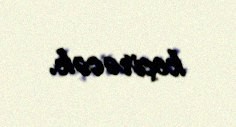
keçirəcək.